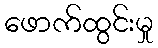
ဖောက်ထွင်းမှု